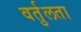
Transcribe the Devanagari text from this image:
वर्तुलता